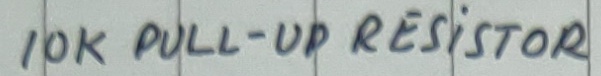
Text: 10K PULL-UP RESISTOR